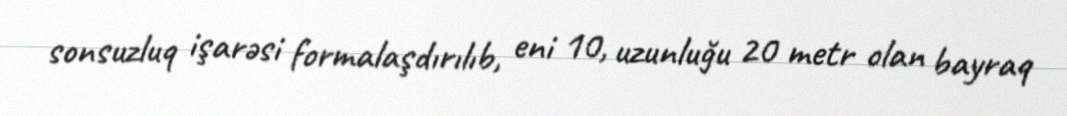
sonsuzluq işarəsi formalaşdırılıb, eni 10, uzunluğu 20 metr olan bayraq